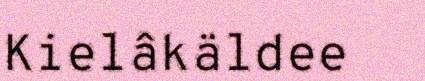
Kielâkäldee